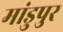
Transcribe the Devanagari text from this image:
मांडुपुर